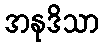
အနုဒိသာ